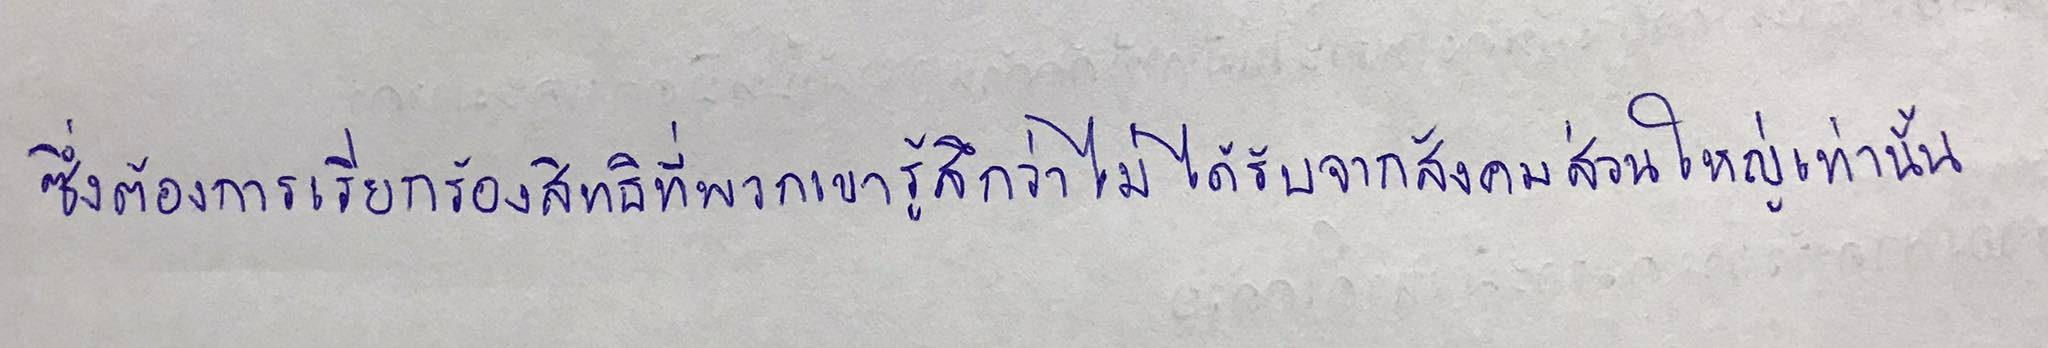
ซึ่งต้องการเรียกร้องสิทธิที่พวกเขารู้สึกว่าไม่ได้รับจากสังคมส่วนใหญ่เท่านั้น